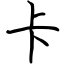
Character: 卡